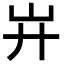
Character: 𢌲